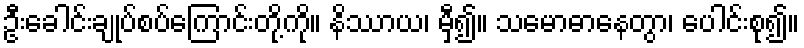
ဦးခေါင်းချုပ်စပ်ကြောင်းတို့ကို။ နိဿာယ၊ မှီ၍။ သမောဓာနေတွာ၊ ပေါင်းစု၍။